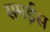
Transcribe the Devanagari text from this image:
समईस